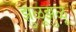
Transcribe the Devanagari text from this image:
झुळूझुळू